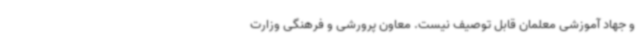
و جهاد آموزشی معلمان قابل توصیف نیست. معاون پرورشی و فرهنگی وزارت